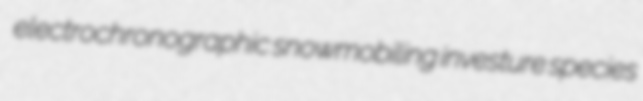
electrochronographic snowmobiling investure species